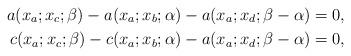
LaTeX: \begin{align*}a(x_a;x_c;\beta)-a(x_a;x_b;\alpha)-a(x_a;x_d;{\beta-\alpha})=0, \\c(x_a;x_c;\beta)-c(x_a;x_b;\alpha)-a(x_a;x_d;{\beta-\alpha})=0,\end{align*}